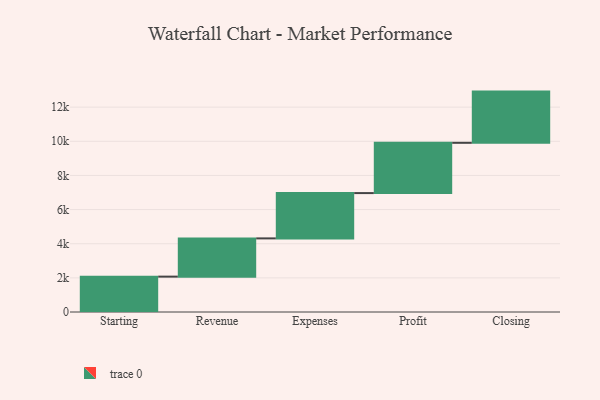
{"axis": {"x": "Step", "y": "Value"}, "legend": [""], "data": [{"x": "Starting", "y": 2072.0, "type": ""}, {"x": "Revenue", "y": 2240.0, "type": ""}, {"x": "Expenses", "y": 2654.0, "type": ""}, {"x": "Profit", "y": 2945.0, "type": ""}, {"x": "Closing", "y": 3000, "type": ""}]}